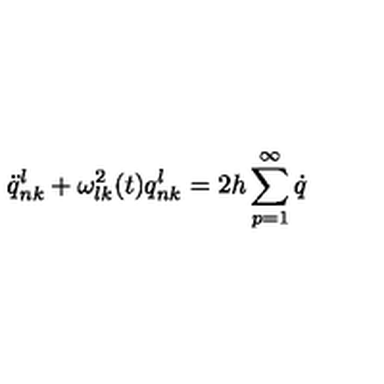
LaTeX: \ddot { q } _ { n k } ^ { l } + \omega _ { l k } ^ { 2 } ( t ) q _ { n k } ^ { l } = 2 h \sum _ { p = 1 } ^ { \infty } \dot { q }